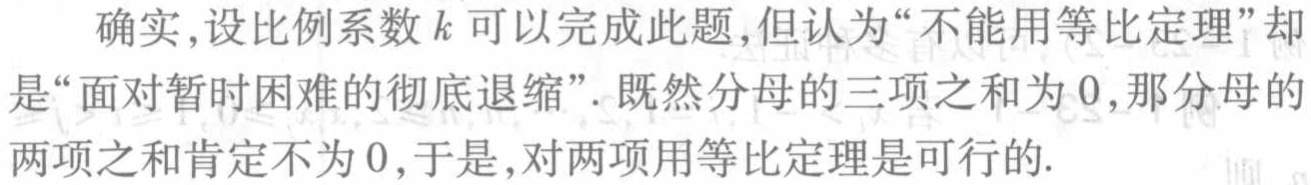
确实,设比例系数\(k\)可以完成此题,但认为“不能用等比定理”却是“面对暂时困难的彻底退缩”. 既然分母的三项之和为\(0\),那分母的两项之和肯定不为\(0\),于是,对两项用等比定理是可行的.